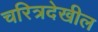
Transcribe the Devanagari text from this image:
चरित्रदेखील